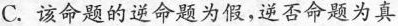
C.该命题的逆命题为假，逆否命题为真